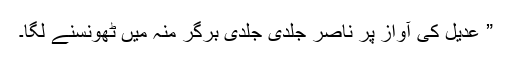
” عدیل کی آواز پر ناصر جلدی جلدی برگر منہ میں ٹھونسنے لگا۔